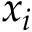
x _ { i }